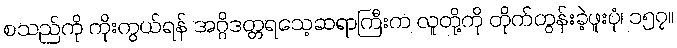
စသည်ကို ကိုးကွယ်ရန် အဂ္ဂိဒတ္တရသေ့ဆရာကြီးက လူတို့ကို တိုက်တွန်းခဲ့ဖူးပုံ၊ ၁၅၇။